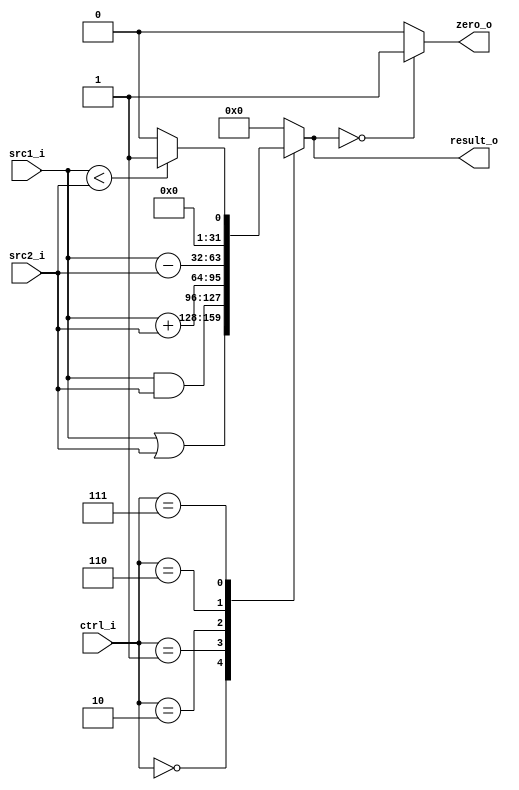
//310512050
//Subject:     CO project 2 - ALU
//--------------------------------------------------------------------------------
//Version:     1
//--------------------------------------------------------------------------------
//Writer:      
//----------------------------------------------
//Date:        
//----------------------------------------------
//Description: 
//--------------------------------------------------------------------------------
`timescale 1ns/1ps
module ALU(
    src1_i,
	src2_i,
	ctrl_i,
	result_o,
	zero_o
	);
     
//I/O ports
input signed [32-1:0]  src1_i;
input signed [32-1:0]  src2_i;
input  [4-1:0]   ctrl_i;

output [32-1:0]	 result_o;
output           zero_o;

//Internal signals
reg    [32-1:0]  result_o;
reg             zero_o;

//Parameter
parameter op_add = 4'b0010;
parameter op_sub = 4'b0110;
parameter op_and = 4'b0001;
parameter op_orr = 4'b0000;
parameter op_slt = 4'b0111;
parameter op_non = 4'b1111;

//Main function
always@(*)begin
	case(ctrl_i)
	op_orr: begin
		result_o = src1_i|src2_i;
	end
	op_and: begin
		result_o = src1_i&src2_i;
	end
	op_add: begin
		result_o = src1_i+src2_i;
	end
	op_sub: begin
		result_o = src1_i-src2_i;
	end
	op_slt: begin
		if(src1_i<src2_i) result_o = 32'd1;
		else result_o = 32'd0;
	end
	default: result_o = 32'd0;	
	endcase
end

always@(*)begin
	if (result_o == 32'd0) zero_o = 1'd1;
	else zero_o = 1'd0;
end

endmodule